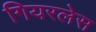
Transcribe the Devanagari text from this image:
गियरलेस